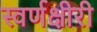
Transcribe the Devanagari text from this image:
स्वर्णक्षीरी